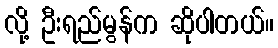
လို့ ဦးရည်မွန်က ဆိုပါတယ်။